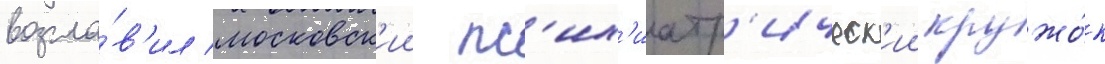
возгла́в'ил московск'ии пс'их'иатр'ическ'ии кружо́к